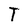
Character: T